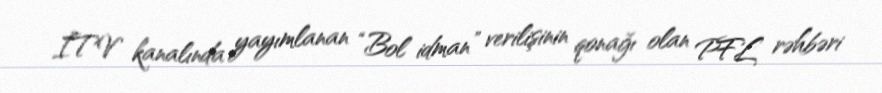
İTV kanalında yayımlanan “Bol idman” verilişinin qonağı olan PFL rəhbəri